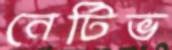
নেটিভ